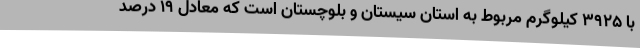
با ۳۹۲۵ کیلوگرم مربوط به استان سیستان و بلوچستان است که معادل ۱۹ درصد